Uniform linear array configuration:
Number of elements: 24
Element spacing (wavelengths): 0.5
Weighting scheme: kaiser
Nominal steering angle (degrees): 30
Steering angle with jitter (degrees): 30.983
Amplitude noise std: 0.05
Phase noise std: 0.05

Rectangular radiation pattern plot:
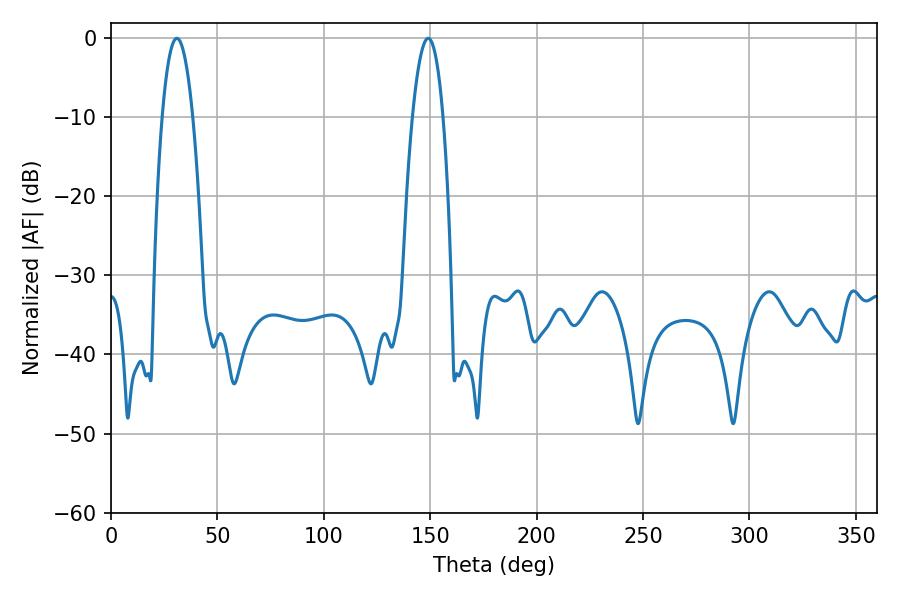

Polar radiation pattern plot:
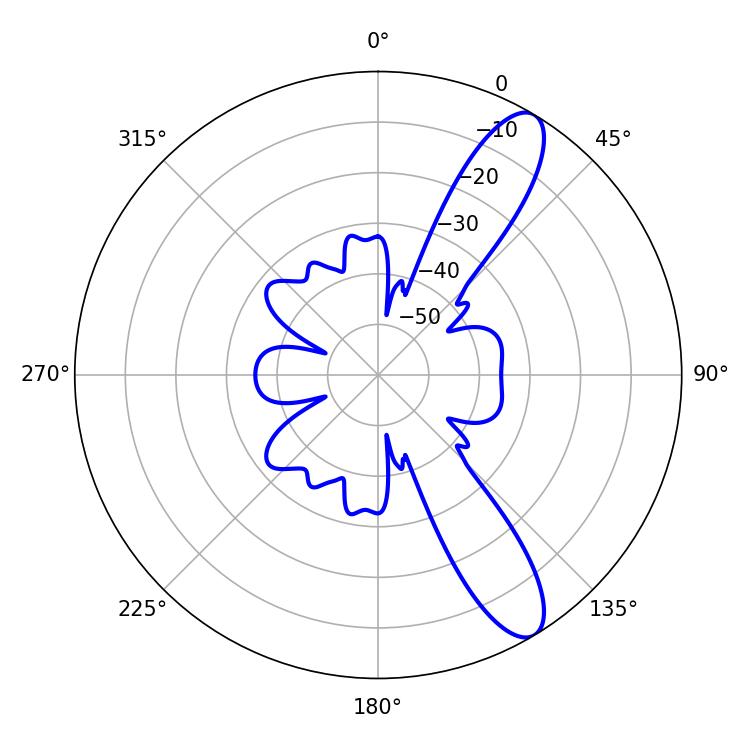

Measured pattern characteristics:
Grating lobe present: FALSE
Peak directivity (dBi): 11.15
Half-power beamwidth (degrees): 7.92
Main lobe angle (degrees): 30.96